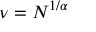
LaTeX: \nu = N ^ { 1 / \alpha }